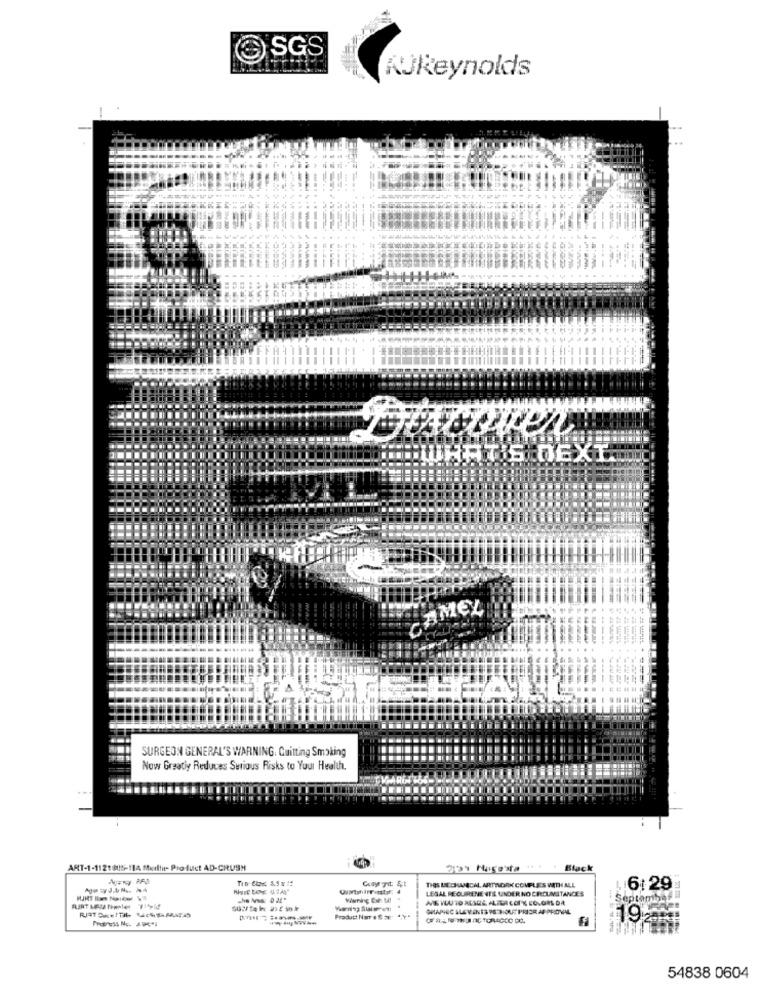
SGS
KÜReynolds
LACORen
RT'S OEXT
CAMEL
PASTEL ALL!
SURGEON GENERAL'S WARNING, Quitting Smoking
Now Greatly Reduces Serious Risks to Your Health.
ART-1-1121805-114 Medlin- Product AD-CRUSH
Black
THES MECHANICAL ARTWORK COUPLES WITH ALL
LEGAL RECURENENTS UNDER NO CIRCUMSTANCES
6: 29
AVETLUTO RESDE ALTER COTY COLORS DA
September
GRAPHIC ALEVINES VE HOUT PRIOR APPROVAL
Product Nor e S arr: "Y"
19 2
54838 0604